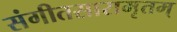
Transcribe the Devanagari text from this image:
संगीतसारामृतम्